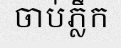
ចាប់ភ្លឹក